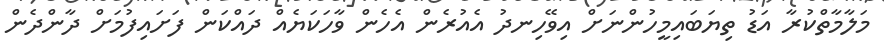
މަލާމާތްކުރާ އަޑު ތިޔަބައިމީހުންނަށް އިވޭހިނދު އެއުރެން އެހެން ވާހަކަޔެއް ދައްކަން ފަށައިފުމަށް ދާންދެން